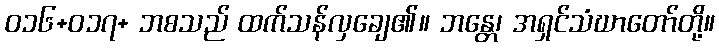
ဝ၁၆+ဝ၁၇+ ဘစသည် ထက်သန်လှချေ၏။ ဘန္တေ၊ အရှင်သံဃာတော်တို့။